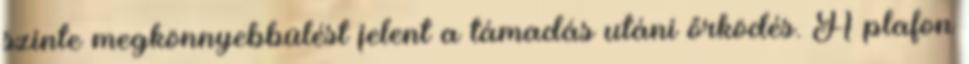
szinte megkönnyebbülést jelent a támadás utáni őrködés. A plafon